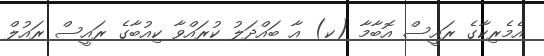
އެމެރިކާގެ ރައީސް އޮބާމާ (ކ) އާ ބައްދަލު ކުރައްވާ ކިއުބާގެ ރައީސް ރައުލް